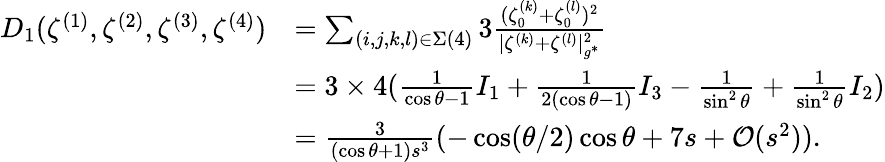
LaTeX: \begin{array}{rl}{D_{1}(\zeta^{(1)},\zeta^{(2)},\zeta^{(3)},\zeta^{(4)})}&{=\sum_{(i,j,k,l)\in\Sigma(4)}3\frac{(\zeta_{0}^{(k)}+\zeta_{0}^{(l)})^{2}}{|{\zeta^{(k)}}+{\zeta^{(l)}}|_{g^{*}}^{2}}}\\ &{=3\times 4(\frac{1}{\cos\theta-1}I_{1}+\frac{1}{2(\cos\theta-1)}I_{3}-\frac{1}{\sin^{2}\theta}+\frac{1}{\sin^{2}\theta}I_{2})}\\ &{=\frac{3}{(\cos\theta+1)s^{3}}(-\cos({\theta}/{2})\cos\theta+7s+\mathcal{O}(s^{2})).}\end{array}